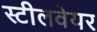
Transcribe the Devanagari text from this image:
स्टीलवेयर